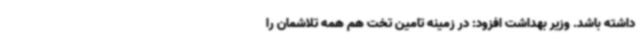
داشته باشد. وزیر بهداشت افزود: در زمینه تامین تخت هم همه تلاشمان را